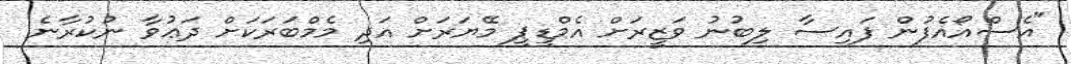
"އެސްއޯއެފުން ފައިސާ ލިބުނު ވަޒީރަށް އެމްޑީޕީ މޭޔަރަށް އަދި މެމްބަރަކަށް ދަޢުވާ ނުކުރާނެ.